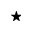
\star